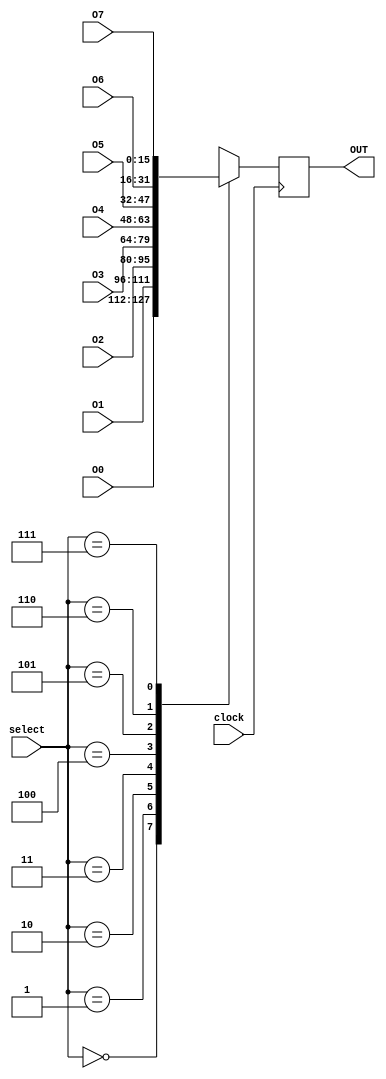
module output_data(input clock,input [15:0] O7, input [15:0] O6, input [15:0] O5, input [15:0] O4, input [15:0] O3, input [15:0]  O2, input [15:0] O1, input [15:0] O0, input [2:0] select, output [15:0] OUT);
   always @ (posedge clock) begin
      casex (select)
	3'd0: OUT<=O0;
	3'd1: OUT<=O1;
	3'd2: OUT<=O2;
	3'd3: OUT<=O3;
	3'd4: OUT<=O4;
	3'd5: OUT<=O5;
	3'd6: OUT<=O6;
	3'd7: OUT<=O7;
      endcase // casex (select)
   end // always @ (posedge clock)
endmodule